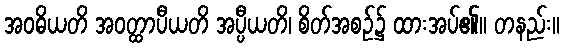
အဝဓိယတိ အဝတ္ထာပီယတိ အပ္ပီယတိ၊ စိတ်အစဉ်၌ ထားအပ်၏။ တနည်း။